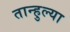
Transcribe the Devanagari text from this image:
तान्हुल्या